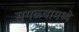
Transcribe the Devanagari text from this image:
सगळ्यामध्ये